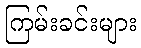
ကြမ်းခင်းများ